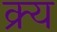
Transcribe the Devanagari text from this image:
क्र्य